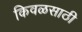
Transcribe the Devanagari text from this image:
किवळसाठी